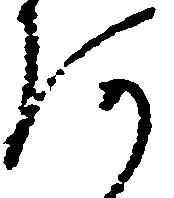
阿